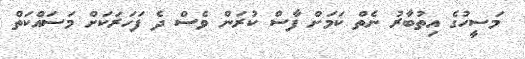
މަސީހުގެ އިތުބާރު ނެތް ކަމަށް ފާސް ކުރަން ވެސް ދެ ފަހަރަކަށް މަސައްކަތް